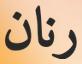
رنان